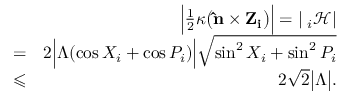
\begin{array} { r l r } & { } & { \Big | \frac { 1 } { 2 } \kappa \big ( { \bf \hat { n } } \times { \bf Z _ { i } } \big ) \Big | = | { \bf \nabla } _ { i } \mathcal { H } | } \\ & { = } & { 2 \Big | \Lambda ( \cos X _ { i } + \cos P _ { i } ) \Big | \sqrt { \sin ^ { 2 } X _ { i } + \sin ^ { 2 } P _ { i } } } \\ & { \leqslant } & { 2 \sqrt { 2 } \big | \Lambda \big | . } \end{array}